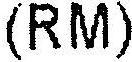
(RM)